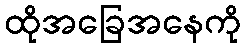
ထိုအခြေအနေကို